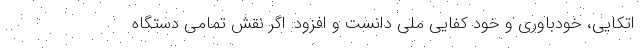
اتکایی، خودباوری و خود کفایی ملی دانست و افزود: اگر نقش تمامی دستگاه